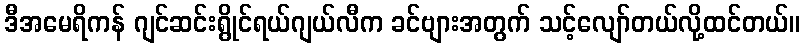
ဒီအမေရိကန် ဂျင်ဆင်းရွိုင်ရယ်ဂျယ်လီက ခင်ဗျားအတွက် သင့်လျော်တယ်လို့ထင်တယ်။